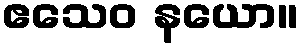
ဧသေဝ နယော။